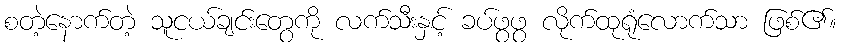
စတဲ့နောက်တဲ့ သူငယ်ချင်းတွေကို လက်သီးနှင့် ခပ်ဖွဖွ လိုက်ထုရုံလောက်သာ ဖြစ်၏။